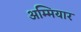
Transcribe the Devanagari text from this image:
अम्मियार